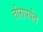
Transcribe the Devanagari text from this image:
तीरापर्यंत